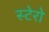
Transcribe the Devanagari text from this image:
स्टेरो